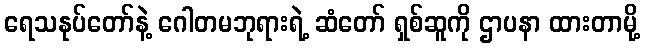
ရေသနုပ်တော်နဲ့ ဂေါတမဘုရားရဲ့ ဆံတော် ရှစ်ဆူကို ဌာပနာ ထားတာမို့